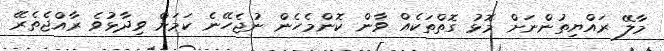
މާލޭ ރައްޔިތުންނަށް މޮޅު ގޮތްތަކެއް ވާން ކޮންމެހެން ނުޖެހޭނެ ކަމަށް ވިދާޅުވެ ރާއްޖެތެރޭ